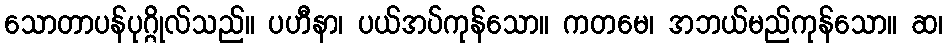
သောတာပန်ပုဂ္ဂိုလ်သည်။ ပဟီနာ၊ ပယ်အပ်ကုန်သော။ ကတမေ၊ အဘယ်မည်ကုန်သော။ ဆ၊